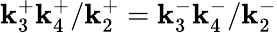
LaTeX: \mathbf{k}_{3}^{+}\mathbf{k}_{4}^{+}/\mathbf{k}_{2}^{+}=\mathbf{k}_{3}^{-}\mathbf{k}_{4}^{-}/\mathbf{k}_{2}^{-}